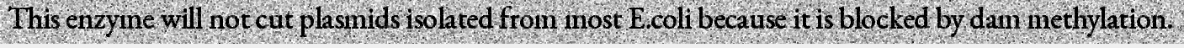
This enzyme will not cut plasmids isolated from most E.coli because it is blocked by dam methylation.